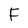
Character: F